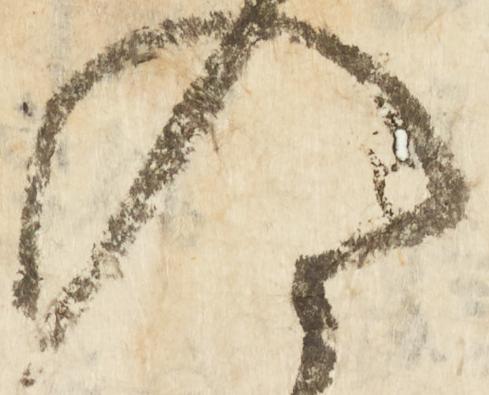
入